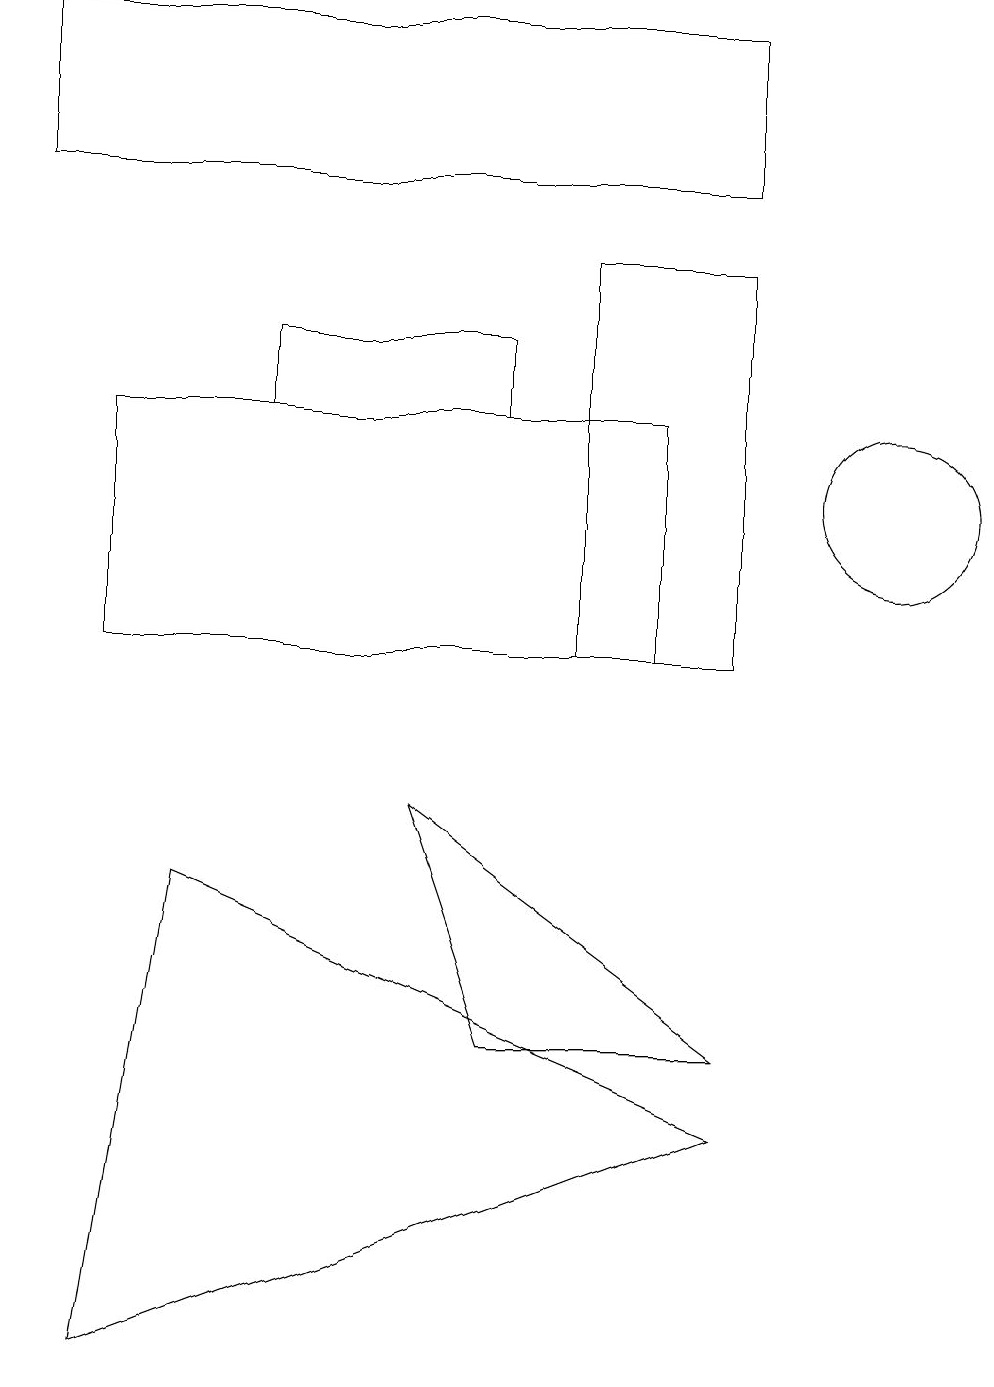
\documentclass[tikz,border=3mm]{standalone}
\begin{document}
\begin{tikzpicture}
\draw (8,10) rectangle (1,13);
\draw (6,13) rectangle (3,14);
\draw (9,4) -- (2,7) -- (1,1) -- cycle;
\draw (9,5) -- (5,8) -- (6,5) -- cycle;
\draw (9,15) rectangle (7,10);
\draw (0,18) rectangle (9,16);
\draw (11,12) circle (1);
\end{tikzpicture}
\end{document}